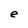
Character: e